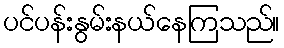
ပင်ပန်းနွမ်းနယ်နေကြသည်။